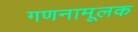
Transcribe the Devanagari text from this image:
गणनामूलक